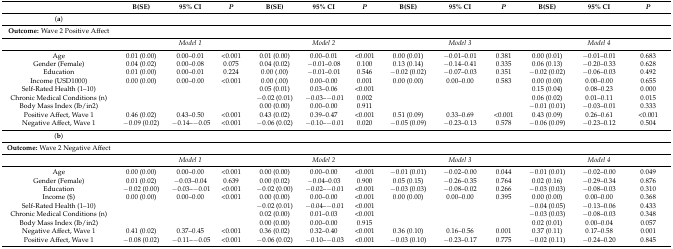
<table><thead><tr><td></td><td><b>B(SE)</b></td><td><b>95% CI</b></td><td><b><i>P</i></b></td><td><b>B(SE)</b></td><td><b>95% CI</b></td><td><b><i>P</i></b></td><td><b>B(SE)</b></td><td><b>95% CI</b></td><td><b><i>P</i></b></td><td><b>B(SE)</b></td><td><b>95% CI</b></td><td><b><i>P</i></b></td></tr></thead><tbody><tr><td>(<b>a</b>)</td><td></td><td></td><td></td><td></td><td></td><td></td><td></td><td></td><td></td><td></td><td></td><td></td></tr><tr><td><b>Outcome:</b> Wave 2 Positive Affect</td><td></td><td></td><td></td><td></td><td></td><td></td><td></td><td></td><td></td><td></td><td></td><td></td></tr><tr><td></td><td></td><td><i>Model 1</i></td><td></td><td></td><td><i>Model 2</i></td><td></td><td></td><td><i>Model 3</i></td><td></td><td></td><td><i>Model 4</i></td><td></td></tr><tr><td>Age</td><td>0.01 (0.00)</td><td>0.00–0.01</td><td>&lt;0.001</td><td>0.01 (0.00)</td><td>0.00–0.01</td><td>&lt;0.001</td><td>0.00 (0.01)</td><td>−0.01–0.01</td><td>0.381</td><td>0.00 (0.01)</td><td>−0.01–0.01</td><td>0.683</td></tr><tr><td>Gender (Female)</td><td>0.04 (0.02)</td><td>0.00–0.08</td><td>0.075</td><td>0.04 (0.02)</td><td>−0.01–0.08</td><td>0.100</td><td>0.13 (0.14)</td><td>−0.14–0.41</td><td>0.335</td><td>0.06 (0.13)</td><td>−0.20–0.33</td><td>0.628</td></tr><tr><td>Education</td><td>0.01 (0.00)</td><td>0.00–0.01</td><td>0.224</td><td>0.00 (.00)</td><td>−0.01–0.01</td><td>0.546</td><td>−0.02 (0.02)</td><td>−0.07–0.03</td><td>0.351</td><td>−0.02 (0.02)</td><td>−0.06–0.03</td><td>0.492</td></tr><tr><td>Income (USD1000)</td><td>0.00 (0.00)</td><td>0.00–0.00</td><td>&lt;0.001</td><td>0.00 (.00)</td><td>0.00–0.00</td><td>0.001</td><td>0.00 (0.00)</td><td>0.00–0.00</td><td>0.583</td><td>0.00 (0.00)</td><td>0.00–0.00</td><td>0.655</td></tr><tr><td>Self-Rated Health (1–10)</td><td></td><td></td><td></td><td>0.05 (0.01)</td><td>0.03–0.06</td><td>&lt;0.001</td><td></td><td></td><td></td><td>0.15 (0.04)</td><td>0.08–0.23</td><td>0.000</td></tr><tr><td>Chronic Medical Conditions (n)</td><td></td><td></td><td></td><td>−0.02 (0.01)</td><td>−0.03–−0.01</td><td>0.002</td><td></td><td></td><td></td><td>0.06 (0.02)</td><td>0.01–0.11</td><td>0.015</td></tr><tr><td>Body Mass Index (lb/in2)</td><td></td><td></td><td></td><td>0.00 (0.00)</td><td>0.00–0.00</td><td>0.911</td><td></td><td></td><td></td><td>−0.01 (0.01)</td><td>−0.03–0.01</td><td>0.333</td></tr><tr><td>Positive Affect, Wave 1</td><td>0.46 (0.02)</td><td>0.43–0.50</td><td>&lt;0.001</td><td>0.43 (0.02)</td><td>0.39–0.47</td><td>&lt;0.001</td><td>0.51 (0.09)</td><td>0.33–0.69</td><td>&lt;0.001</td><td>0.43 (0.09)</td><td>0.26–0.61</td><td>&lt;0.001</td></tr><tr><td>Negative Affect, Wave 1</td><td>−0.09 (0.02)</td><td>−0.14–−0.05</td><td>&lt;0.001</td><td>−0.06 (0.02)</td><td>−0.10–−0.01</td><td>0.020</td><td>−0.05 (0.09)</td><td>−0.23–0.13</td><td>0.578</td><td>−0.06 (0.09)</td><td>−0.23–0.12</td><td>0.504</td></tr><tr><td>(<b>b</b>)</td><td></td><td></td><td></td><td></td><td></td><td></td><td></td><td></td><td></td><td></td><td></td><td></td></tr><tr><td><b>Outcome:</b> Wave 2 Negative Affect</td><td></td><td></td><td></td><td></td><td></td><td></td><td></td><td></td><td></td><td></td><td></td><td></td></tr><tr><td></td><td></td><td><i>Model 1</i></td><td></td><td></td><td><i>Model 2</i></td><td></td><td></td><td><i>Model 3</i></td><td></td><td></td><td><i>Model 4</i></td><td></td></tr><tr><td>Age</td><td>0.00 (0.00)</td><td>0.00–0.00</td><td>&lt;0.001</td><td>0.00 (0.00)</td><td>0.00–0.00</td><td>&lt;0.001</td><td>−0.01 (0.01)</td><td>−0.02–0.00</td><td>0.044</td><td>−0.01 (0.01)</td><td>−0.02–0.00</td><td>0.049</td></tr><tr><td>Gender (Female)</td><td>0.01 (0.02)</td><td>−0.03–0.04</td><td>0.639</td><td>0.00 (0.02)</td><td>−0.04–0.03</td><td>0.900</td><td>0.05 (0.15)</td><td>−0.26–0.35</td><td>0.764</td><td>0.02 (0.16)</td><td>−0.29–0.34</td><td>0.876</td></tr><tr><td>Education</td><td>−0.02 (0.00)</td><td>−0.03–−0.01</td><td>&lt;0.001</td><td>−0.02 (0.00)</td><td>−0.02–−0.01</td><td>&lt;0.001</td><td>−0.03 (0.03)</td><td>−0.08–0.02</td><td>0.266</td><td>−0.03 (0.03)</td><td>−0.08–0.03</td><td>0.310</td></tr><tr><td>Income ($)</td><td>0.00 (0.00)</td><td>0.00–0.00</td><td>&lt;0.001</td><td>0.00 (0.00)</td><td>0.00–0.00</td><td>&lt;0.001</td><td>0.00 (0.00)</td><td>0.00–0.00</td><td>0.395</td><td>0.00 (0.00)</td><td>0.00–0.00</td><td>0.368</td></tr><tr><td>Self-Rated Health (1–10)</td><td></td><td></td><td></td><td>−0.02 (0.01)</td><td>−0.04–−0.01</td><td>&lt;0.001</td><td></td><td></td><td></td><td>−0.04 (0.05)</td><td>−0.13–0.06</td><td>0.433</td></tr><tr><td>Chronic Medical Conditions (n)</td><td></td><td></td><td></td><td>0.02 (0.00)</td><td>0.01–0.03</td><td>&lt;0.001</td><td></td><td></td><td></td><td>−0.03 (0.03)</td><td>−0.08–0.03</td><td>0.348</td></tr><tr><td>Body Mass Index (lb/in2)</td><td></td><td></td><td></td><td>0.00 (0.00)</td><td>0.00–0.00</td><td>0.915</td><td></td><td></td><td></td><td>0.02 (0.01)</td><td>0.00–0.04</td><td>0.057</td></tr><tr><td>Negative Affect, Wave 1</td><td>0.41 (0.02)</td><td>0.37–0.45</td><td>&lt;0.001</td><td>0.36 (0.02)</td><td>0.32–0.40</td><td>&lt;0.001</td><td>0.36 (0.10)</td><td>0.16–0.56</td><td>0.001</td><td>0.37 (0.11)</td><td>0.17–0.58</td><td>0.001</td></tr><tr><td>Positive Affect, Wave 1</td><td>−0.08 (0.02)</td><td>−0.11–−0.05</td><td>&lt;0.001</td><td>−0.06 (0.02)</td><td>−0.10–−0.03</td><td>&lt;0.001</td><td>−0.03 (0.10)</td><td>−0.23–0.17</td><td>0.775</td><td>−0.02 (0.11)</td><td>−0.24–0.20</td><td>0.845</td></tr></tbody></table>